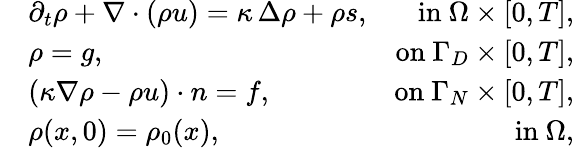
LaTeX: \begin{array}{rlr}&{\partial_{t}\rho+\nabla\cdot(\rho u)=\kappa\, \Delta\rho+\rho s,}&{\mathrm{in~}\Omega\times[0,T],}\\ &{\rho=g,}&{\mathrm{on~}\Gamma_{D}\times[0,T],}\\ &{(\kappa\nabla\rho-\rho u)\cdot n=f,}&{\mathrm{on~}\Gamma_{N}\times[0,T],}\\ &{\rho(x,0)=\rho_{0}(x),}&{\mathrm{in~}\Omega,}\end{array}